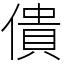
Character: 僓